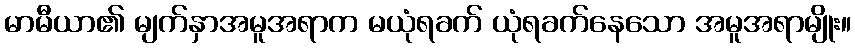
မာမီယာ၏ မျက်နှာအမူအရာက မယုံရခက် ယုံရခက်နေသော အမူအရာမျိုး။